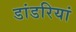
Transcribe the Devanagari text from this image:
डांडरियां